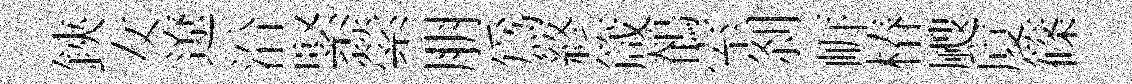
鋏女遼沿緊縈朋爲終箴鶺室𠛴㟁椿颼厦篠